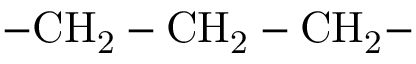
\mathrm { - C H _ { 2 } - C H _ { 2 } - C H _ { 2 } - }